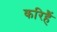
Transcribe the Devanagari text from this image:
करिहैं